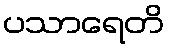
ပသာရေတိ